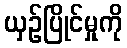
ယှဉ်ပြိုင်မှုကို